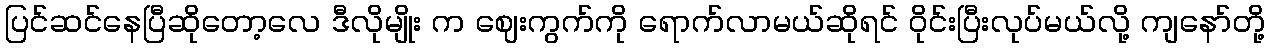
ပြင်ဆင်နေပြီဆိုတော့လေ ဒီလိုမျိုး က ဈေးကွက်ကို ရောက်လာမယ်ဆိုရင် ဝိုင်းပြီးလုပ်မယ်လို့ ကျနော်တို့